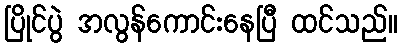
ပြိုင်ပွဲ အလွန်ကောင်းနေပြီ ထင်သည်။